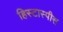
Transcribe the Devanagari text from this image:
हिस्टास्पीस